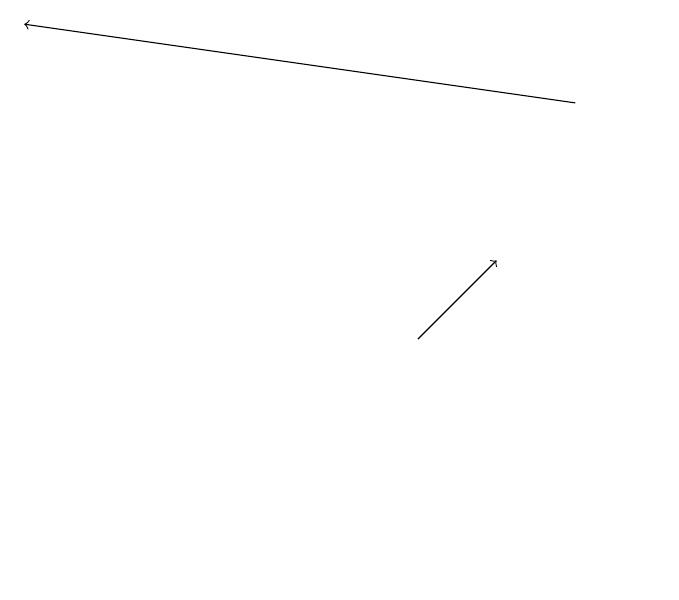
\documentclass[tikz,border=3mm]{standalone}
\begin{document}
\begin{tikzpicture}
\draw[->] (7,13) -- (8,14);
\draw[->] (9,16) -- (2,17);
\draw (10,10) circle (0);
\draw (7,14) rectangle (7,14);
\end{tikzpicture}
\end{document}